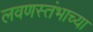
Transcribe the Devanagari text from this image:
लवणस्तंभाच्या